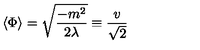
\langle \Phi \rangle = { \sqrt { \frac { - m ^ { 2 } } { 2 \lambda } } } \equiv { \frac { v } { \sqrt { 2 } } }